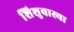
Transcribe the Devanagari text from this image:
शिशुवास्था